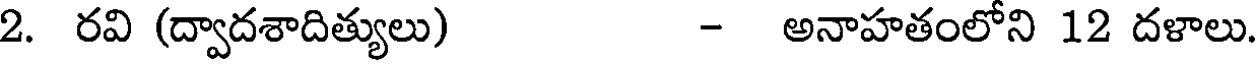
2. రవి (ద్వాదశాదిత్యులు) - అనాహతంలోని 12 దళాలు.